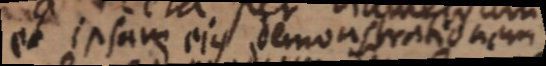
et ipsam ejus demonstrandna